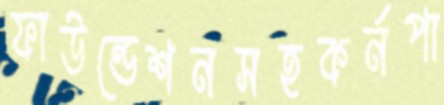
ফাউন্ডেশনসহকর্নপা